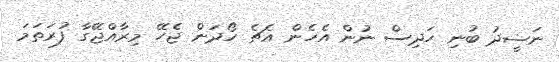
ނަޟީދު ބުނި ހަދިސް ނުން އެހެން އެޗެ ހޯދަން ޖެހޭ މިރާއްޖޭގާ ފުރަތަމަ